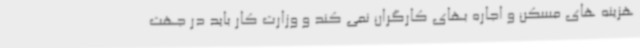
هزینه های مسکن و اجاره بهای کارگران نمی کند و وزارت کار باید در جهت